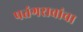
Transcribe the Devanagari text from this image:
पतंगरावांचा